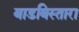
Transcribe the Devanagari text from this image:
बाडबिस्तारा